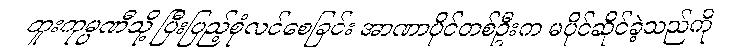
ထူးကုမ္ပဏီသို့ ပြီးပြည့်စုံလင်စေခြင်း အာဏာပိုင်တစ်ဦးက မပိုင်ဆိုင်ခဲ့သည်ကို